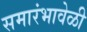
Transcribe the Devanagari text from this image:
समारंभावेळी